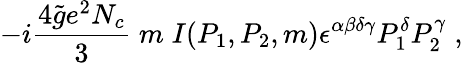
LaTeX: -i\frac{4\widetilde{g}e^{2}N_{c}}{3}\; m\; I(P_{1},P_{2},m)\epsilon^{\alpha\beta\delta\gamma}P_{1}^{\delta}P_{2}^{\gamma}\; ,